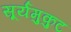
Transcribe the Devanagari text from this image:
सूर्यमुकुट